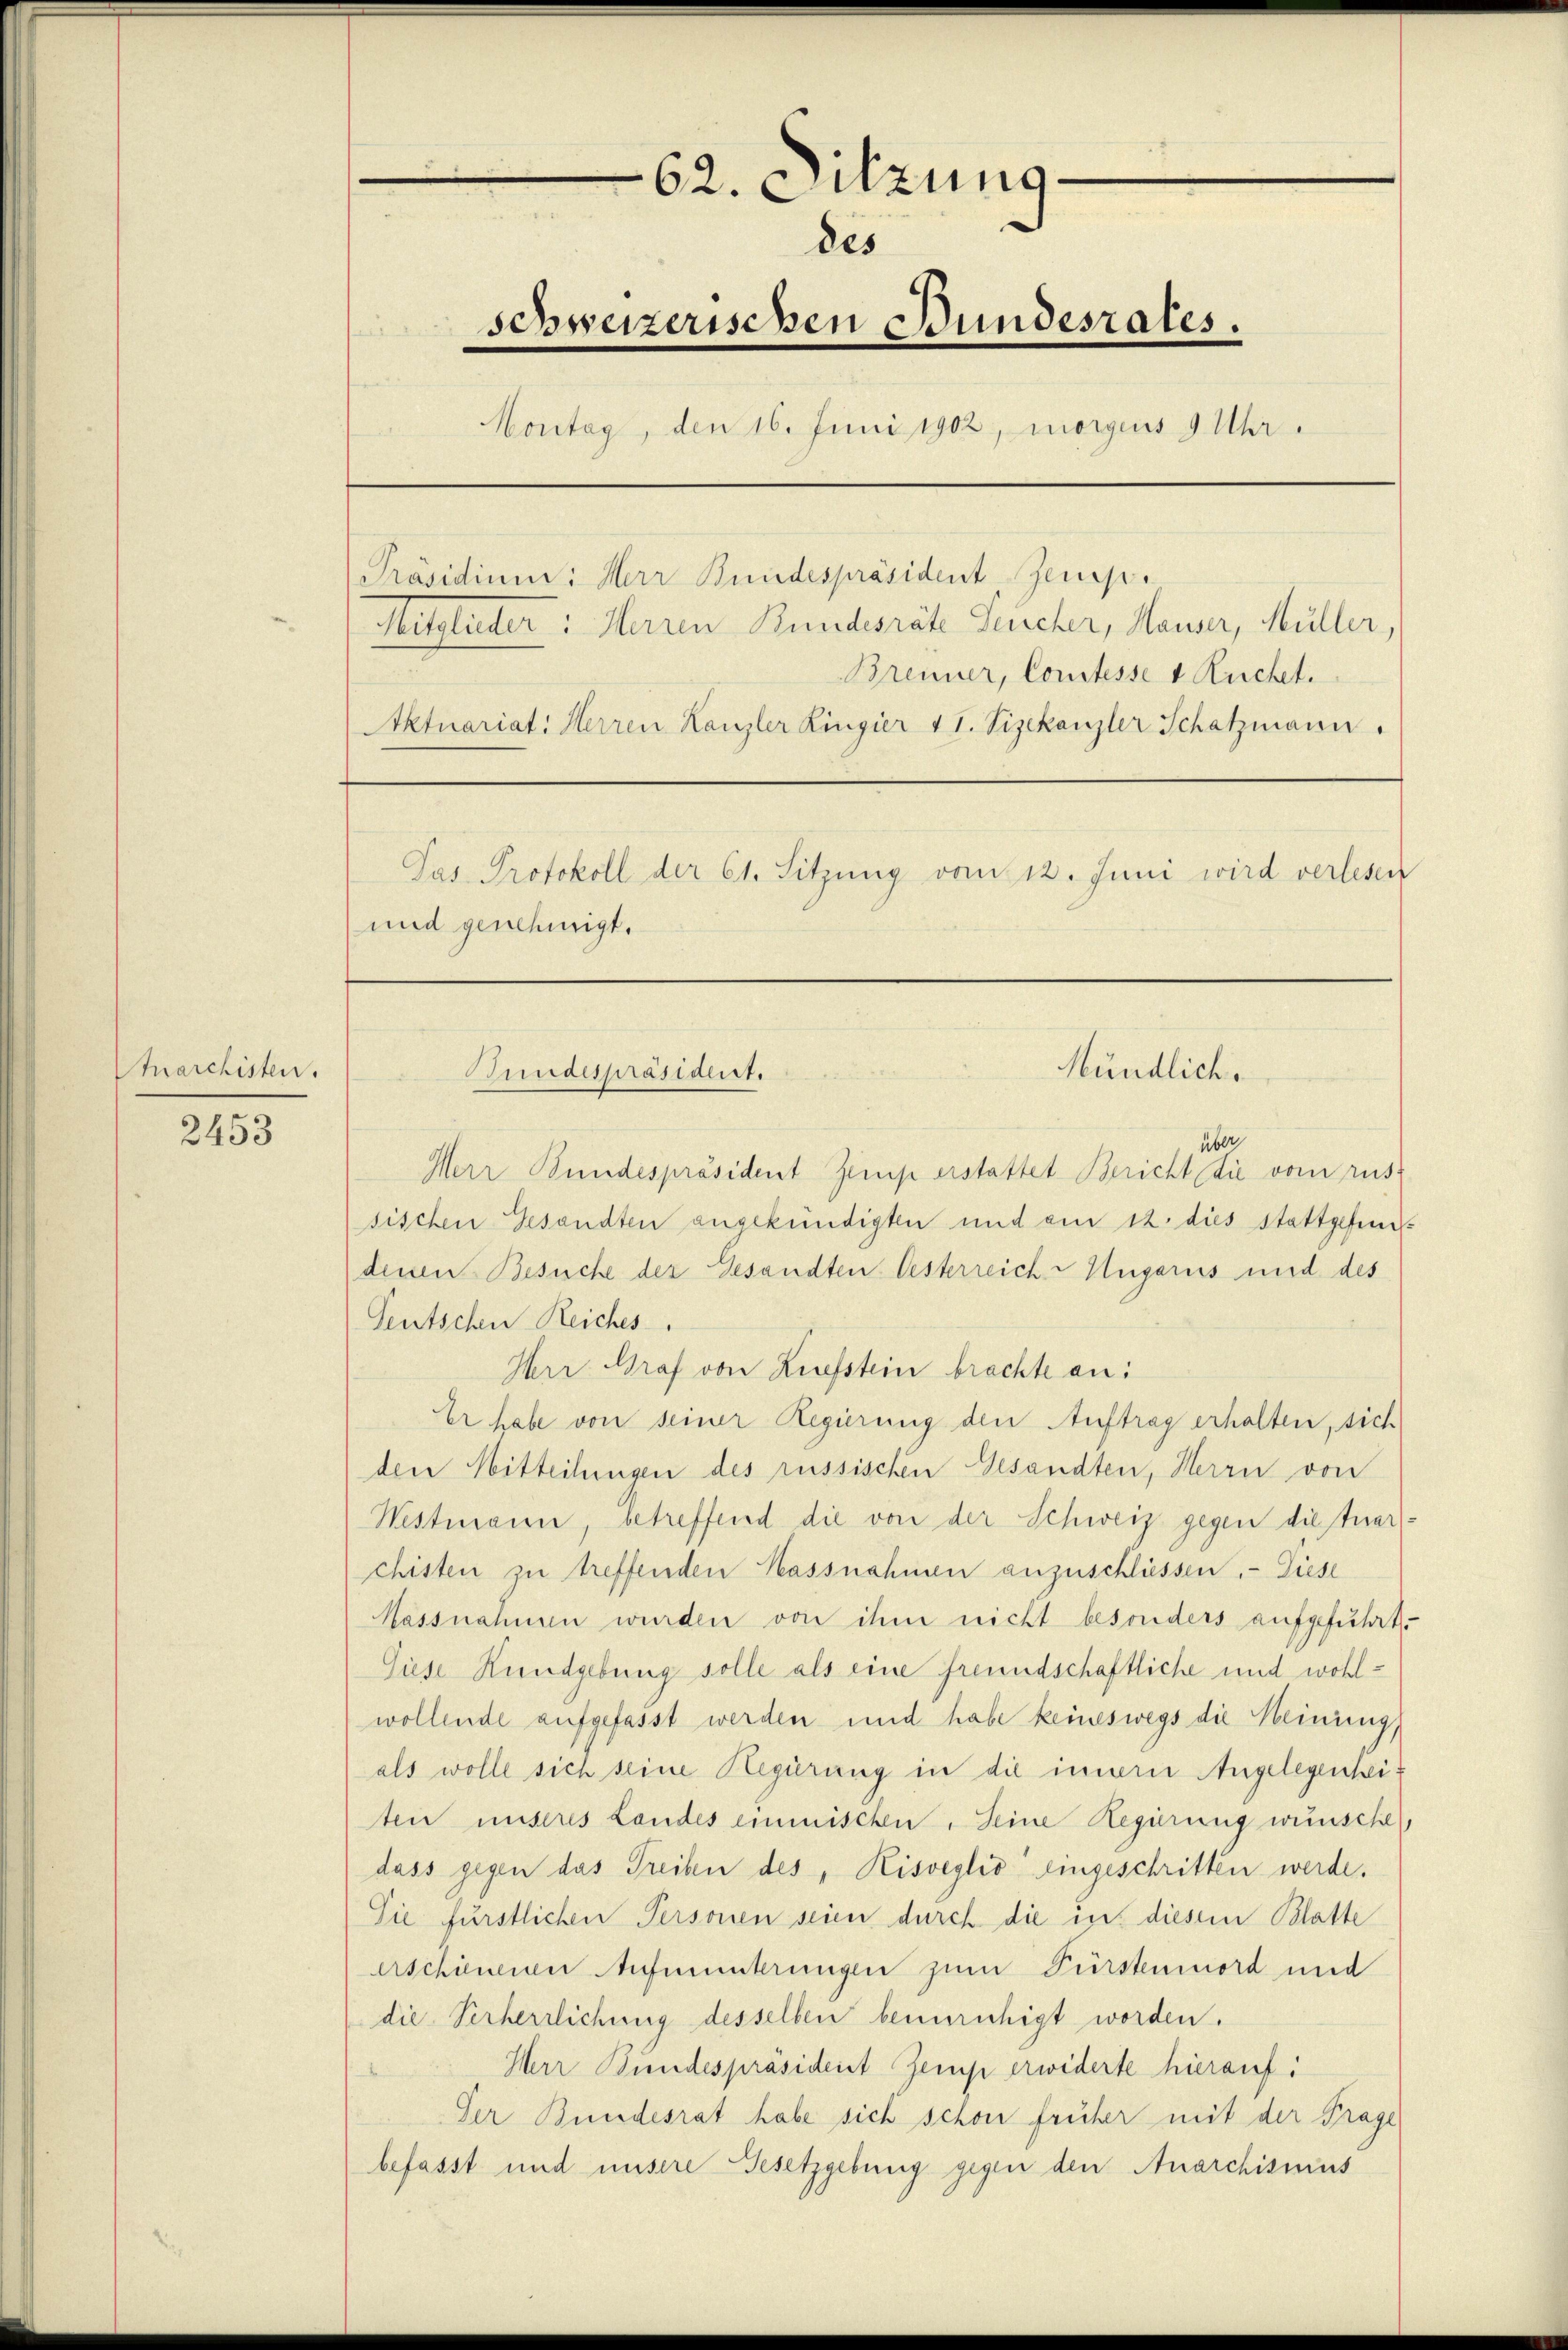
Anarchisten.

2453

e
62. Sitzung
des
schweizerischen Bundesrates.
Montag, den 16. Juni 1902, morgens 9 Uhr
Präsidium: Herr Bundespräsident Zemp.
Mitglieder: Herren Bundesräte Seucher, Mauser, Müller,
Brenner, Comtesse v Ruchet.
Aktuariat: Herren Kanzler Ringier 11. Vizekanzler Schatzmann.
Jas Protokoll der 61. Sitzung vom 12. Juni wird verlesen
und genehmigt.

über
Herr Bundespräsident Zimp erstattet Bericht die vom rus-
sischen Gesandten angekündigten und am 12. dies stattgefund
denen Besuche der Gesandten Oesterreich-Ungaris und des
Teutschen Reiches
Herr Graf von Kiefstein brachte an:
Er habe von seiner Regierung den Auftrag erhalten, sich
den Mitteilungen des russischen Gesandten, Herrn von
Westmann, betreffend die von der Schweiz gegen die tuarschisten zu treffenden Massnahmen anzuschliessen. Diese
Massnahmen wurden von ihm nicht besonders aufgeführt.
Diese Kundgebung solle als eine freundschaftliche und wohlwollende aufgefasst werden und habe keineswegs die Meinung,
als wolle sich seine Hegierung in die innerer Angelegenhei
ten unseres Landes einmischen. Seine Regierung wünsche
dass gegen das Treiben des „Kisveglio eingeschritten werde.
Sie fürstlichen Personen seien durch die in diesem Blatte
erschienenen Aufmunterungen zum Fürstenmord und
die Verherrlichung desselben beunruhigt worden.
Herr Bundespräsident Zemp erwiderte hierauf:
Der Bundesrat habe sich schon früher mit der Frage
befasst und unsere Besetzgebung gegen den Anarchismus

Bundespräsident.

Mündlich.